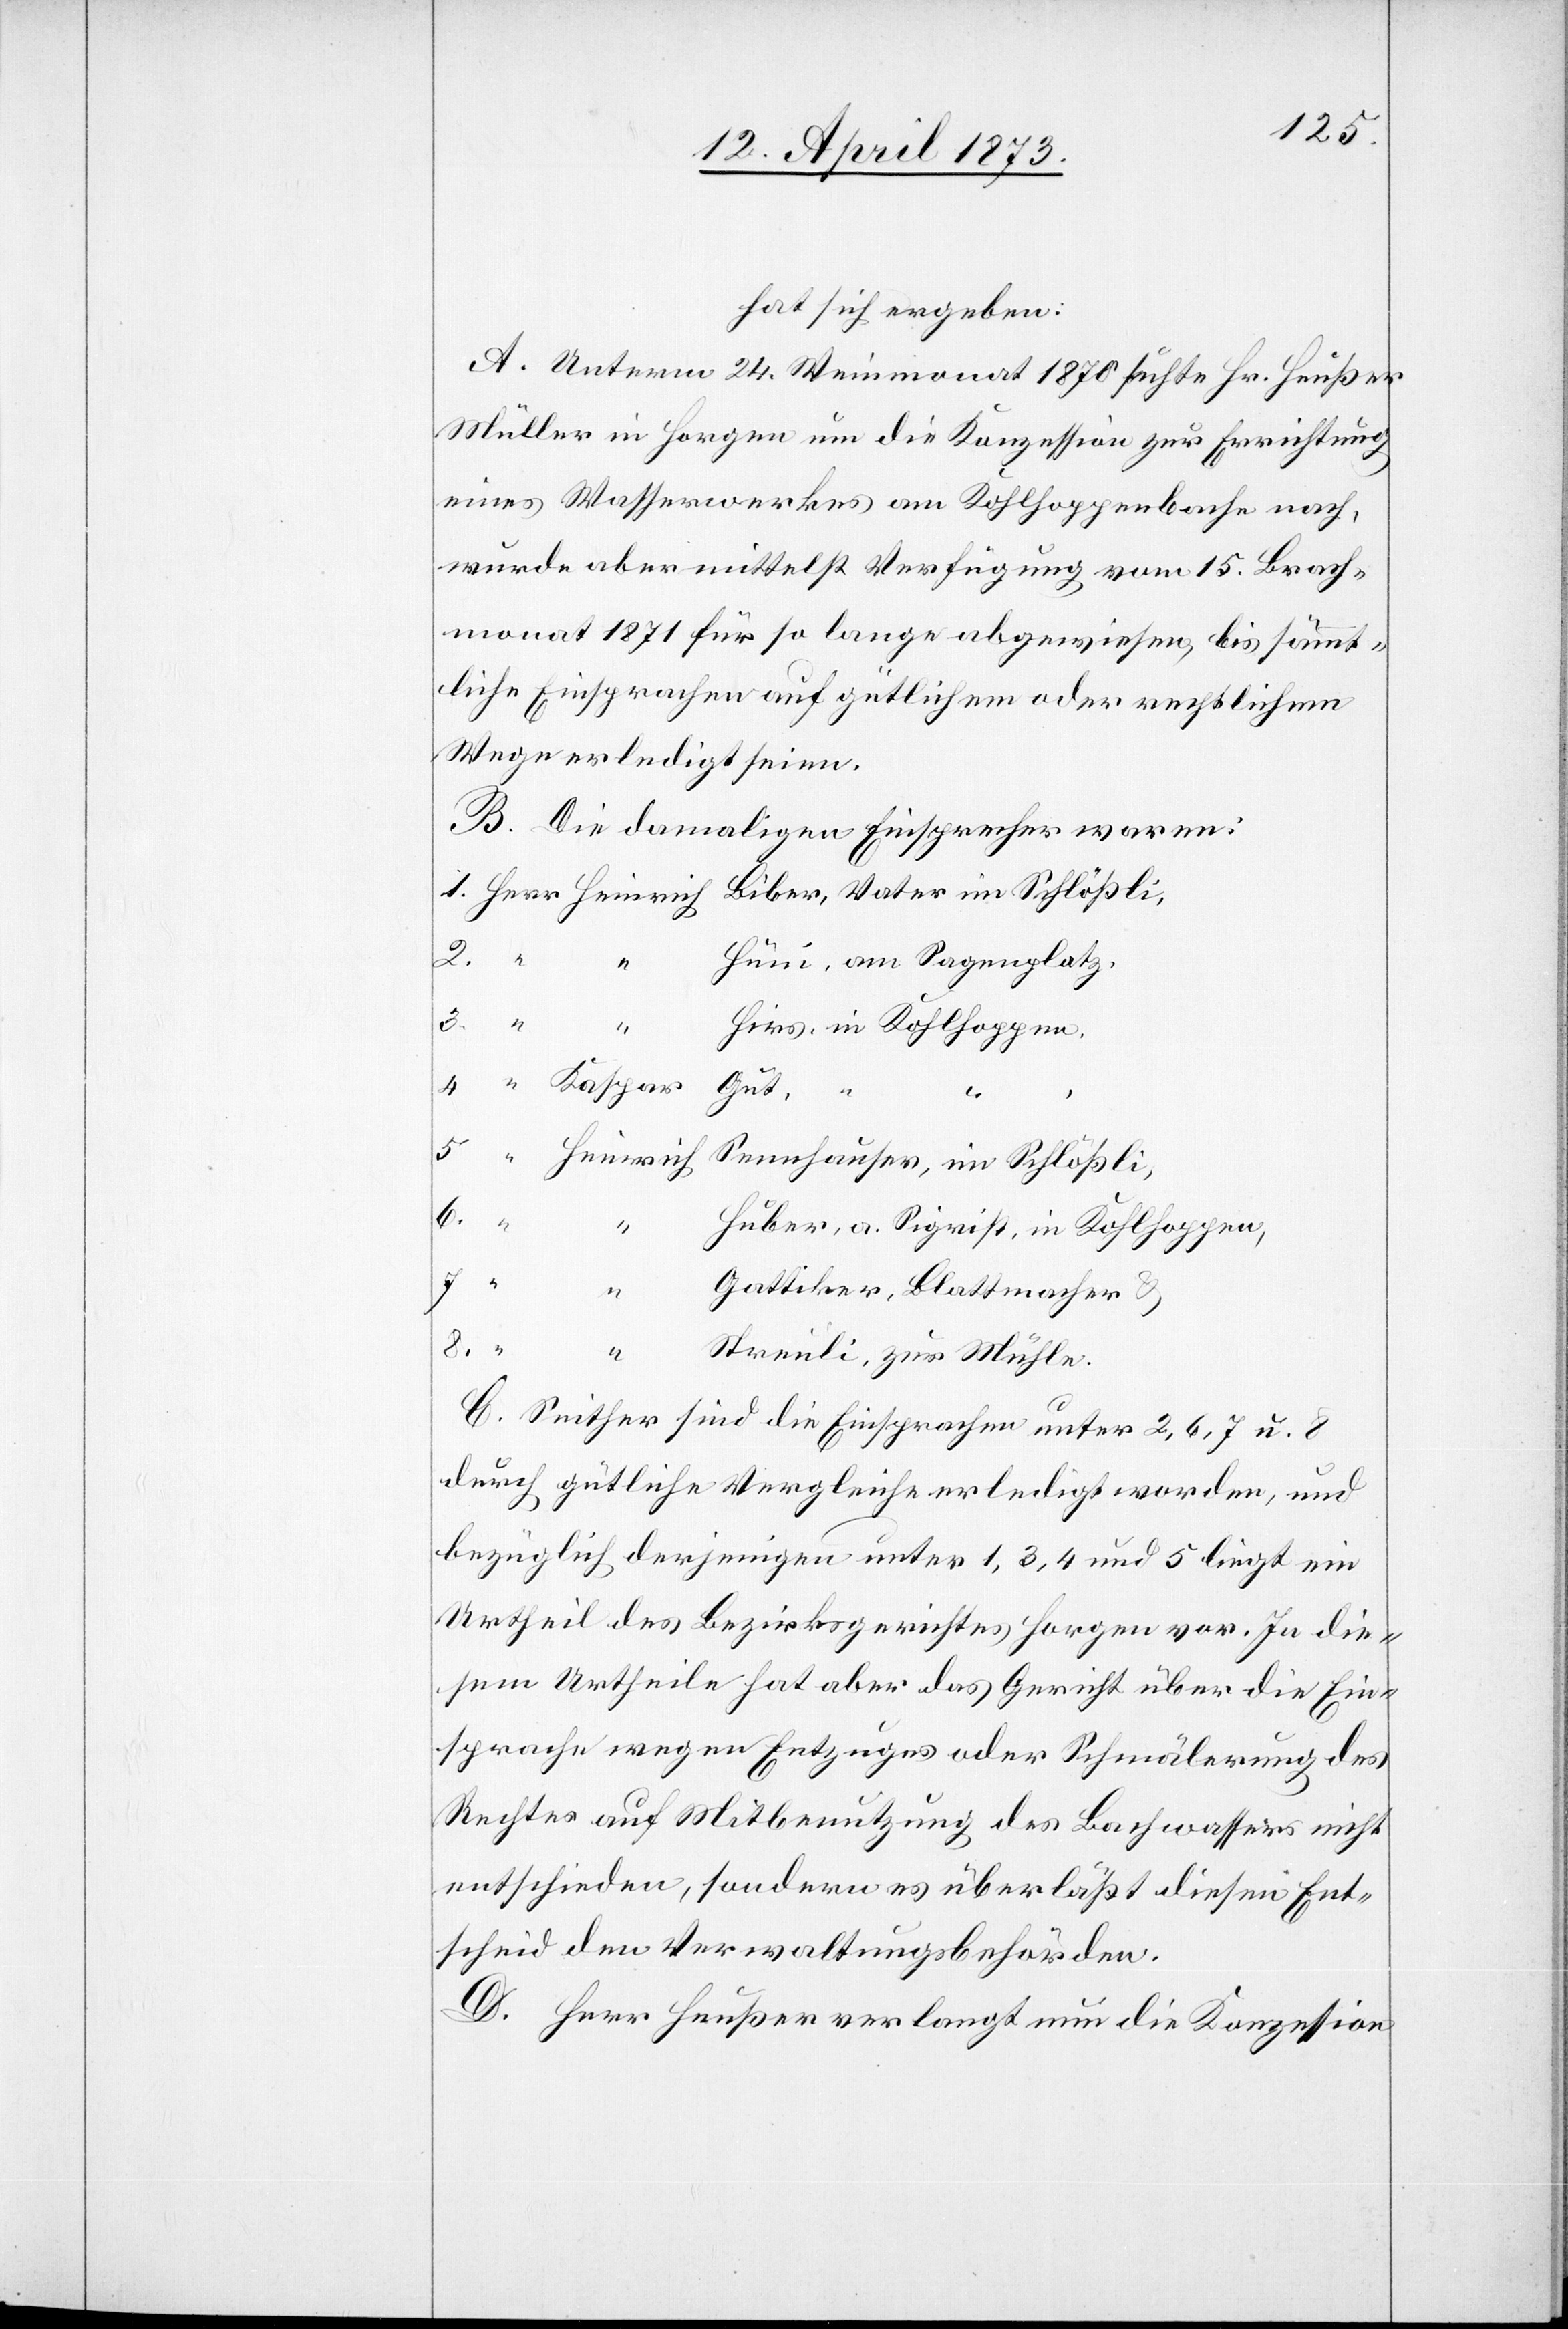
hat sich ergeben:
A. Unterm 24. Weinmonat 1870 su[c]hte Hr. Heußer
Müller in Horgen um die Konzession zur Errichtung
eines Wasserwerkes am Kohlhoppenbache nach,
wurde aber mittelst Verfügung vom 15. Brach¬
monat 1871 für so lange abgewiesen, bis sämmt¬
liche Einsprachen auf gütlichem oder rechtlichem
Wege erledigt seien.
B. Die damaligen Einsprecher waren:
Hüni, am Sagenplatz,
Hirs, in Kohlhoppen,
Gut,
im
2.
Sennhauser, im Schlößli,
6.
Huber, a. Sigrist, in Kohlhoppen,
7.
Gattiker, Blattmacher &
8.
“
Streuli, zur Mühle.
C. Seither sind die Einsprachen unter 2, 6, 7 u. 8
durch gütliche Vergleiche erledigt worden, und
bezüglich derjenigen unter 1, 3, 4 und 5 liegt ein
Urtheil des Bezirksgerichtes Horgen vor. In die¬
sem Urtheile hat aber das Gericht über die Ein¬
sprache wegen Entzuges oder Schmälerung des
Rechtes auf Mitbenutzung des Bachwassers nicht
entschieden, sondern es überläßt diesen Ent¬
scheid den Verwaltungsbehörden.
D. Herr Heußer verlangt nun die Konzession